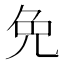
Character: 免